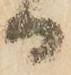
日